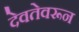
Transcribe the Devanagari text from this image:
देवतेवरून